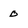
Character: 0